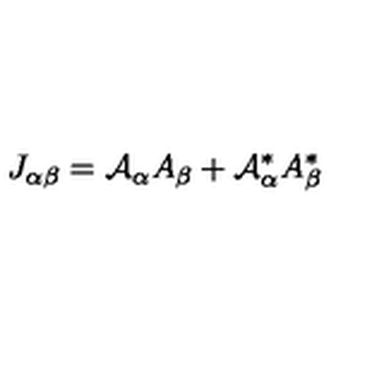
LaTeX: J _ { \alpha \beta } = { \cal { A } } _ { \alpha } A _ { \beta } + { \cal { A } } _ { \alpha } ^ { * } A _ { \beta } ^ { * }